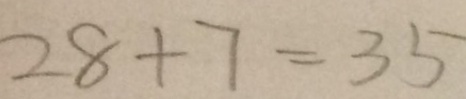
2 8 + 7 = 3 5